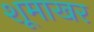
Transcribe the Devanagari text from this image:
शूमाखर